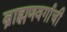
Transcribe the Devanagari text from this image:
ब्राह्मणवर्गाची